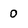
Character: 0